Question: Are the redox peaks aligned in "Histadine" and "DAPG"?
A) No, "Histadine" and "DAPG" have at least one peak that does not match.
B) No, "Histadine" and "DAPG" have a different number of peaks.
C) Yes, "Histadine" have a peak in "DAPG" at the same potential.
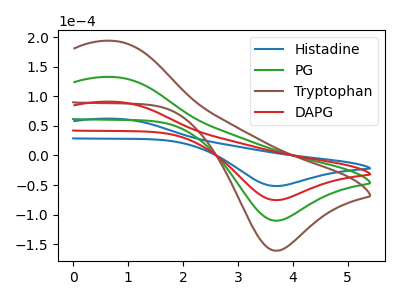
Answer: <think>The blue curve "Histadine" has an anodic peak at (0.75V, 62.20uA) and a cathodic peak at (3.70V, -51.75uA). The green curve "PG" has an anodic peak at (0.75V, 181.65uA) and a cathodic peak at (3.70V, -151.10uA). The brown curve "Tryptophan" has an anodic peak at (0.75V, 272.45uA) and a cathodic peak at (3.70V, -226.65uA). The red curve "DAPG" has an anodic peak at (0.75V, 90.80uA) and a cathodic peak at (3.70V, -75.55uA).</think>
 <answer>C) Yes, "Histadine" have a peak in "DAPG" at the same potential.</answer>
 <eval>C</eval>